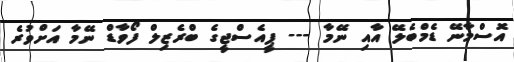
އޮސްމާނޭ ޑެމްބެލޭ އާއި ނޭމާ --- ޕީއެސްޖީގެ ބްރެޒިލް ފޯވާޑް ނޭމާ އަށްވުރެ